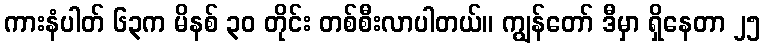
ကားနံပါတ် ၆၃က မိနစ် ၃၀ တိုင်း တစ်စီးလာပါတယ်။ ကျွန်တော် ဒီမှာ ရှိနေတာ ၂၅